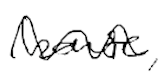
Text: house,
Cross-out: wave
Writing tool: digital_black